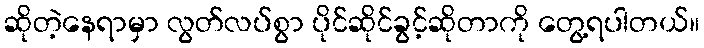
ဆိုတဲ့နေရာမှာ လွတ်လပ်စွာ ပိုင်ဆိုင်ခွင့်ဆိုတာကို တွေ့ရပါတယ်။